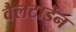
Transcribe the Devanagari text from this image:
वैलटाईन